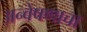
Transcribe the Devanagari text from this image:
अन्वेषणाचा